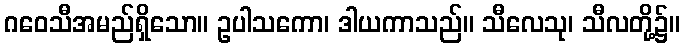
ဂဝေသီအမည်ရှိသော။ ဥပါသကော၊ ဒါယကာသည်။ သီလေသု၊ သီလတို့၌။